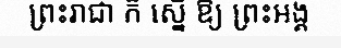
ព្រះរាជា ក៏ ស្នើ ឱ្យ ព្រះអង្គ